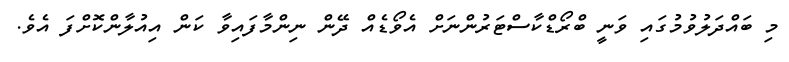
މި ބައްދަލުވުމުގައި ވަނީ ބްރޯޑްކާސްޓަރުންނަށް އެވޯޑެއް ދޭން ނިންމާފައިވާ ކަން އިއުލާންކޮށްފަ އެވެ.